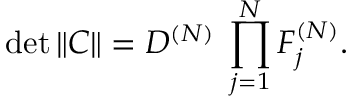
\operatorname * { d e t } \| C \| = D ^ { ( N ) } \; \prod _ { j = 1 } ^ { N } F _ { j } ^ { ( N ) } .